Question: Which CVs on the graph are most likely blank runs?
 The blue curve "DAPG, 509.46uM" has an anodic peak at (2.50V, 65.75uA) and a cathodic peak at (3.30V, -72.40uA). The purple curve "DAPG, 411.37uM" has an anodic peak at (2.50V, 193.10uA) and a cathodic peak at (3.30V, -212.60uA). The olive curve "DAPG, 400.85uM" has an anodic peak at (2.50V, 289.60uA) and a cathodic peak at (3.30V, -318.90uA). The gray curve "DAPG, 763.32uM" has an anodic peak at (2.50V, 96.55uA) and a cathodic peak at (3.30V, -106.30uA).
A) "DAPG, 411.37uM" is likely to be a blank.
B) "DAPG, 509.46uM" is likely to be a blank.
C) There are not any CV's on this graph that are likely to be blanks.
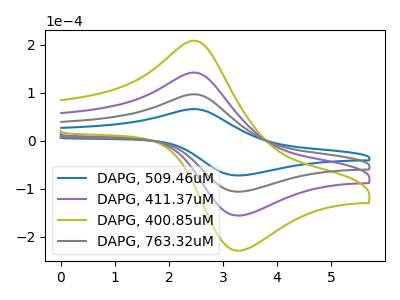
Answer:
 <answer>C) There are not any CV's on this graph that are likely to be blanks.</answer>
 <eval>C</eval>